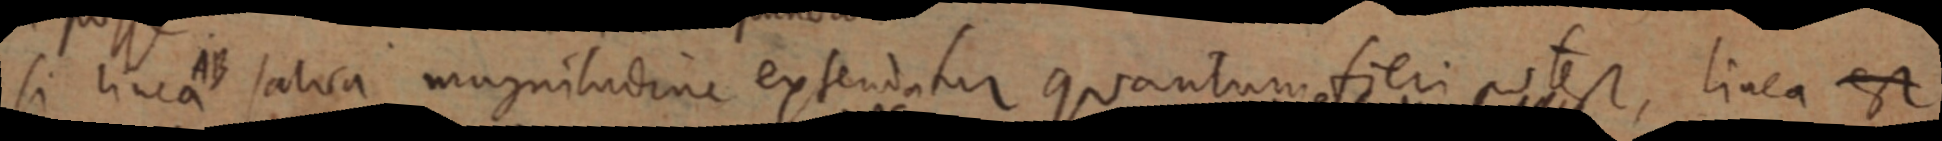
si linea AB satica magnitudine extendatur quantum fieri potest, linea est